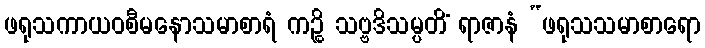
ဖရုသကာယဝစီမနောသမာစာရံ ကဉ္စိ သဗ္ဗဒိသမ္ပတိံ ရာဇာနံ “ဖရုသသမာစာရော